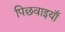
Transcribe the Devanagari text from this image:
पिछवाइयाँ